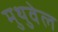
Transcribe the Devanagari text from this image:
मुथुवेल